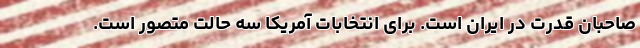
صاحبان قدرت در ایران است. برای انتخابات آمریکا سه حالت متصور است.